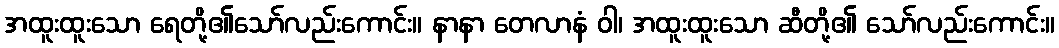
အထူးထူးသော ရေတို့၏သော်လည်းကောင်း။ နာနာ တေလာနံ ဝါ၊ အထူးထူးသော ဆီတို့၏ သော်လည်းကောင်း။